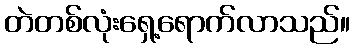
တဲတစ်လုံးရှေ့ရောက်လာသည်။